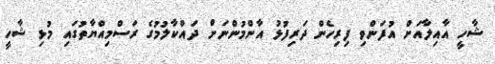
ޝާހީ އާއިލާއަށް އުފަންވި ފިރިހެން ދަރިފުޅު އާންމުންނަށް ދައްކާލުމުގެ ރަަސްމިއްޔާތުގައި މުޅި ޝާހީ